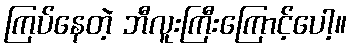
ကြပ်နေတဲ့ ဘီလူးကြီးကြောင့်ပေါ့။